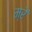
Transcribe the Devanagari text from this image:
म्रें